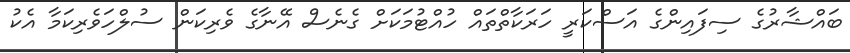
ބައްޝާރުގެ ސިފައިންގެ އަސްކަރީ ހަރަކާތްތައް ހުއްޓުމަކަށް ގެނެސް އޭނާގެ ވެރިކަން ސުލްހަވެރިކަމާ އެކު